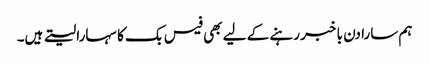
ہم سارا دن با خبر رہنے کے لیے بھی فیس بک کا سہارا لیتے ہیں۔